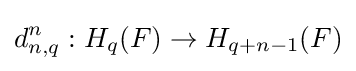
d_{n,q}^{n}:H_{q}(F)\to H_{q+n-1}(F)